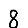
Digit: 8